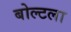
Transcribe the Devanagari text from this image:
बोल्टला